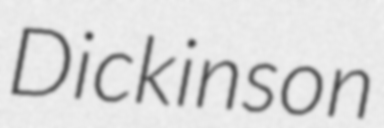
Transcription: Dickinson